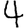
Digit: 4